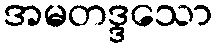
အမတဒ္ဒသော